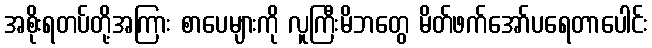
အစိုးရတပ်တို့အကြား စာပေများကို လူကြီးမိဘတွေ မိတ်ဖက်အော်ပရေတာပေါင်း